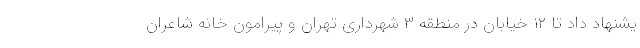
یشنهاد داد تا ۱۲ خیابان در منطقه ۳ شهرداری تهران و پیرامون خانه شاعران